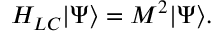
H _ { L C } \vert \Psi \rangle = M ^ { 2 } \vert \Psi \rangle .